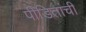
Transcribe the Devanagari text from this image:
पीडितांची